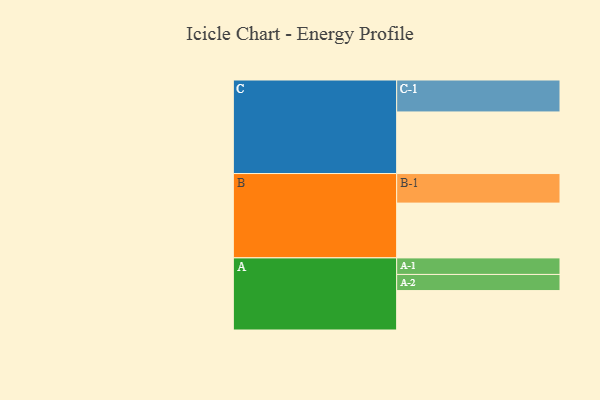
{"axis": {"x": "Segment", "y": "Value"}, "legend": ["", "A", "B", "C"], "data": [{"x": "A", "y": 312, "type": ""}, {"x": "B", "y": 434, "type": ""}, {"x": "C", "y": 488, "type": ""}, {"x": "A-1", "y": 131, "type": "A"}, {"x": "A-2", "y": 128, "type": "A"}, {"x": "B-1", "y": 234, "type": "B"}, {"x": "C-1", "y": 253, "type": "C"}]}